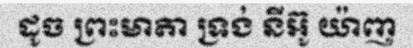
ដូច ព្រះមាតា ទ្រង់ នីអ៊ូ យ៉ាញ